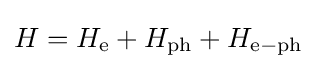
H=H_{\rm {e}}+H_{\rm {ph}}+H_{\rm {e-ph}}